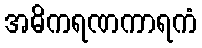
အဓိကရဏကာရကံ